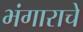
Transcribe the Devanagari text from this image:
भंगाराचे